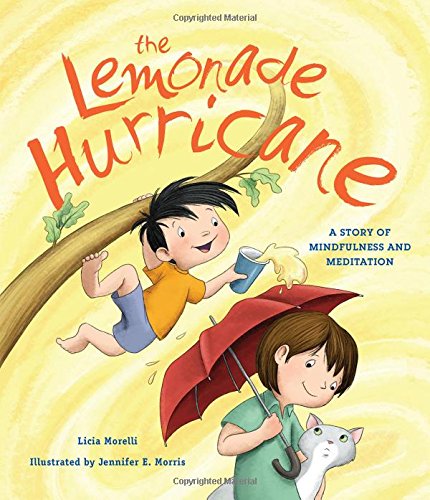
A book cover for The Lemonade Hurricane: A Story of Mindfulness and Meditation; Licia Morelli; Health, Fitness & Dieting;